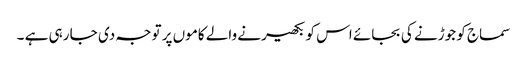
سماج کو جوڑنے کی بجائے اس کو بکھیرنے والے کاموں پر توجہ دی جا رہی ہے ۔